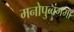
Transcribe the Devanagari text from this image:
मनोपुब्बंगमा